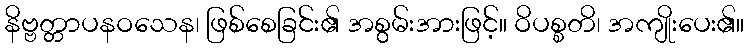
နိဗ္ဗတ္တာပနဝသေန၊ ဖြစ်စေခြင်း၏ အစွမ်းအားဖြင့်။ ဝိပစ္စတိ၊ အကျိုးပေး၏။